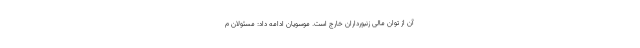
آن از توان مالی زنبورداران خارج است. موسویان ادامه داد: مسئولان م